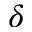
\delta